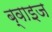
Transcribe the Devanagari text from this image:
ब्वाइज